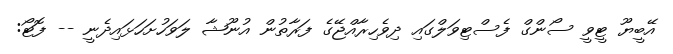
އޭބީޔޫ ޓީވީ ސޯންގް ފެސްޓިވަލްގައި ދިވެހިރާއްޖޭގެ ފަރާތުން އުނޫޝާ ލަވަހުށަހަޅައިދެނީ -- ފޮޓޯ: